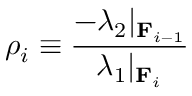
\rho _ { i } \equiv \frac { - \lambda _ { 2 } | _ { \mathbf { F } _ { i - 1 } } } { \lambda _ { 1 } | _ { \mathbf { F } _ { i } } }